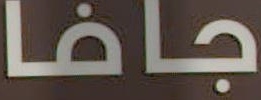
جافا